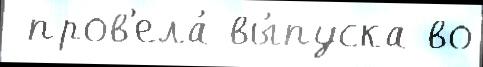
 пров'ела́ вы́пуска во